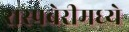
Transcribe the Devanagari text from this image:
रास्पबेरीमध्ये